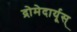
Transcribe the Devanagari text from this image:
द्रोमेदार्यूस्